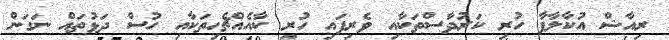
ރިއާޝް އުކާލާފާ ހުރި ކަރުދާސްތަކާއި ވެރިފައި ހުރި ކާއެއްޗެހިތަކާއި ހުސް ދަޅުތައް ނަގަން